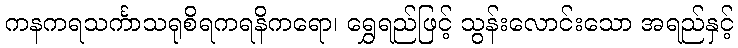
ကနကရသင်္ကာသရုစိရကရနိကရော၊ ရွှေရည်ဖြင့် သွန်းလောင်းသော အရည်နှင့်